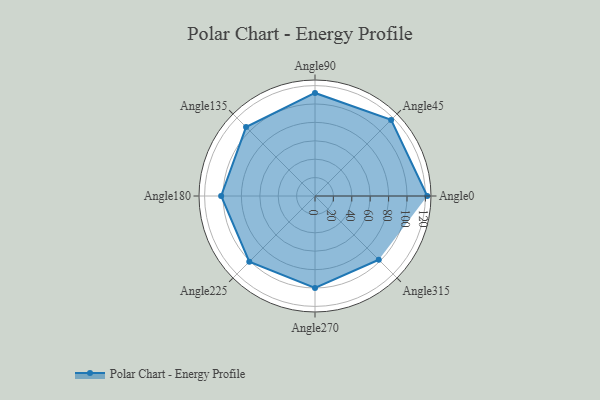
{"axis": {"x": "Angle", "y": "Radius"}, "legend": [""], "data": [{"x": "Angle0", "y": 122.0, "type": ""}, {"x": "Angle45", "y": 117.0, "type": ""}, {"x": "Angle90", "y": 112.0, "type": ""}, {"x": "Angle135", "y": 106.0, "type": ""}, {"x": "Angle180", "y": 102.0, "type": ""}, {"x": "Angle225", "y": 101.0, "type": ""}, {"x": "Angle270", "y": 100.0, "type": ""}, {"x": "Angle315", "y": 98.0, "type": ""}]}